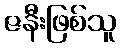
ဇနီးဖြစ်သူ